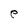
Character: e